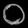
Digit: ၀